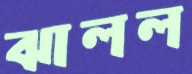
ঝালল